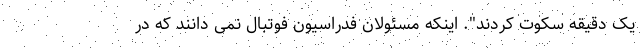
یک دقیقه سکوت کردند". اینکه مسئولان فدراسیون فوتبال نمی دانند که در